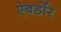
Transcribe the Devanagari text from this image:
ऐबर्डोर